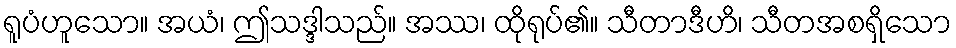
ရူပံဟူသော။ အယံ၊ ဤသဒ္ဒါသည်။ အဿ၊ ထိုရုပ်၏။ သီတာဒီဟိ၊ သီတအစရှိသော